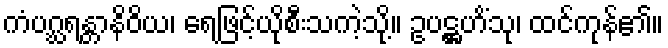
ကံပဂ္ဃရန္တာနိဝိယ၊ ရေဖြင့်ယိုစီးသကဲ့သို့။ ဥပဋ္ဌဟိံသု၊ ထင်ကုန်၏။